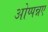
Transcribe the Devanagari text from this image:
ओप्पन्नए